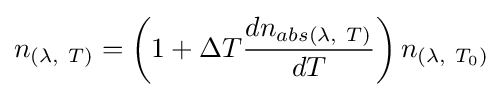
n_{\left(\lambda ,\ T\right)}=\left(1+\Delta T{\frac {dn_{abs\left(\lambda ,\ T\right)}}{dT}}\right)n_{\left(\lambda ,\ T_{0}\right)}